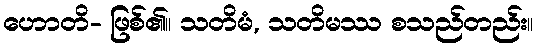
ဟောတိ- ဖြစ်၏။ သတိမံ, သတိမဿ စသည်တည်း။